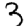
Digit: 3